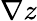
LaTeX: \nabla z